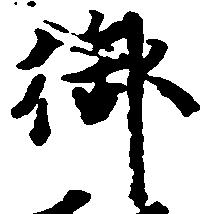
御